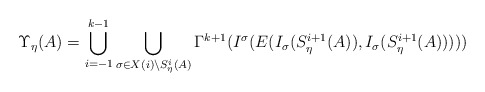
\begin{align*}\Upsilon_\eta(A) = \bigcup_{i=-1}^{k-1} \bigcup_{\sigma \in X(i) \setminus S_\eta^i(A)} \Gamma^{k+1}(I^\sigma( E(I_\sigma(S_\eta^{i+1}(A)),I_\sigma(S_\eta^{i+1}(A)))))\end{align*}